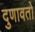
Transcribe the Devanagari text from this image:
दुणावतो